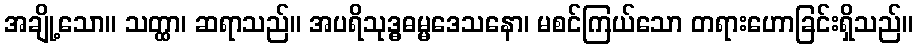
အချို့သော။ သတ္ထာ၊ ဆရာသည်။ အပရိသုဒ္ဓဓမ္မဒေသနော၊ မစင်ကြယ်သော တရားဟောခြင်းရှိသည်။